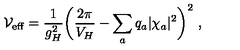
{ \cal V } _ { \mathrm { e f f } } = { \frac { 1 } { g _ { H } ^ { 2 } } } \bigg ( { \frac { 2 \pi } { V _ { H } } } - \sum _ { a } q _ { a } | \chi _ { a } | ^ { 2 } \bigg ) ^ { 2 } \ ,